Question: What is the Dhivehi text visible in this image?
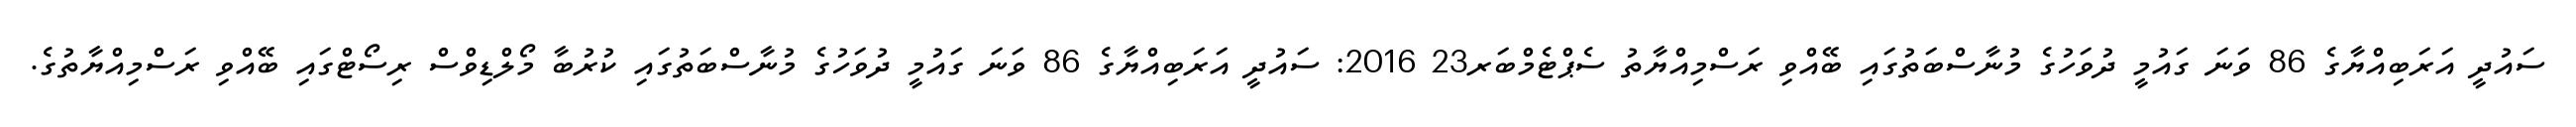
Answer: ސައުދީ އަރަބިއްޔާގެ 86 ވަނަ ގައުމީ ދުވަހުގެ މުނާސްބަތުގައި ބޭއްވި ރަސްމިއްޔާތު ސެޕްޓެމްބަރ23 2016: ސައުދީ އަރަބިއްޔާގެ 86 ވަނަ ގައުމީ ދުވަހުގެ މުނާސްބަތުގައި ކުރުބާ މޯލްޑިވްސް ރިސޯޓްގައި ބޭއްވި ރަސްމިއްޔާތުގެ.